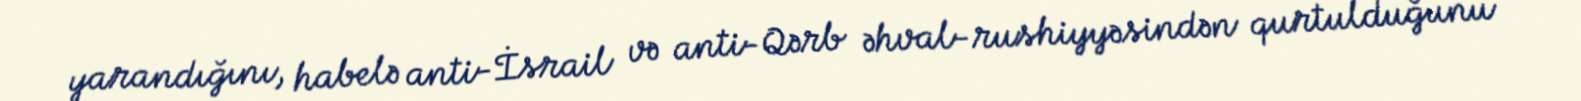
yarandığını, habelə anti-İsrail və anti-Qərb əhval-rushiyyəsindən qurtulduğunu